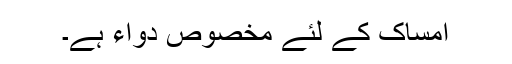
امساک کے لئے مخصوص دواء ہے۔